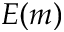
E ( m )